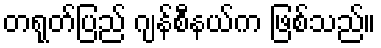
တရုတ်ပြည် ဂျန်စီနယ်က ဖြစ်သည်။